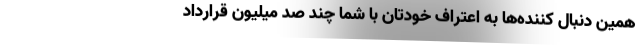
همین دنبال کننده‌ها به اعتراف خودتان با شما چند صد میلیون قرارداد